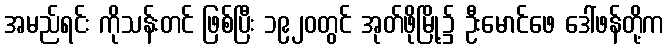
အမည်ရင်း ကိုသန်းတင် ဖြစ်ပြီး ၁၉၂၀တွင် အုတ်ဖိုမြို့၌ ဦးမောင်ဖေ ဒေါ်ဖန်တို့က